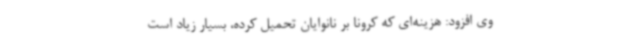
وی افزود: هزینه‌ای که کرونا بر نانوایان تحمیل کرده، بسیار زیاد است